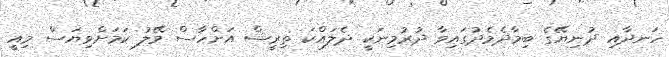
ހަނދާއި ދުނިޔޭގެ ބިމާދެމެދުގައިވާ ދުރުމިނަކީ ދެލައްކަ ތިރީސް އަށްހާސް މޭލު ކަމަށްވިޔަސް މިއީ